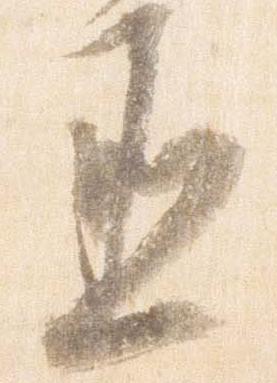
丞